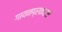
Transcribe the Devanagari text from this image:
गायनप्रकारात